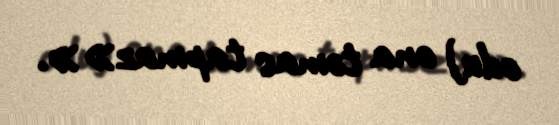
odu) ona təmas tapmaz»».